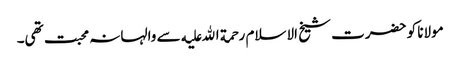
مولانا کو حضرت شیخ الاسلام رحمة الله علیه سے والہانہ محبت تھی۔